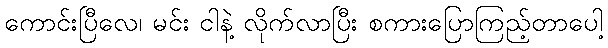
ကောင်းပြီလေ၊ မင်း ငါနဲ့ လိုက်လာပြီး စကားပြောကြည့်တာပေါ့